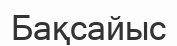
Бақсайыс